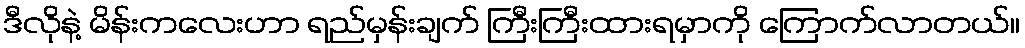
ဒီလိုနဲ့ မိန်းကလေးဟာ ရည်မှန်းချက် ကြီးကြီးထားရမှာကို ကြောက်လာတယ်။